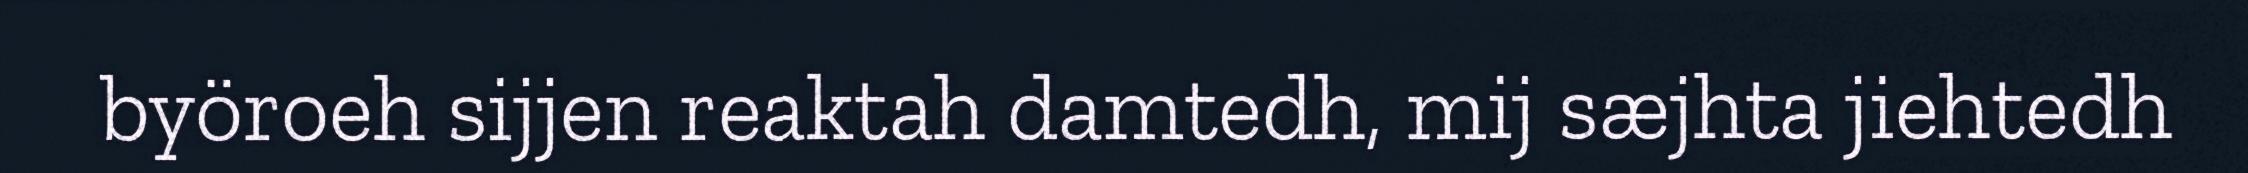
byöroeh sijjen reaktah damtedh, mij sæjhta jiehtedh